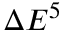
\Delta E ^ { 5 }